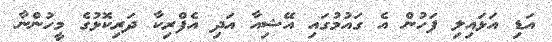
އަޑި އަޅައިލި ފަހުން އެ ގައުމުގައި އޭޝިއާ އަދި އެފްރިކާ ދަރިކޮޅުގެ މީހުންނާ